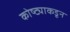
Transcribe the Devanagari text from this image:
कोष्ट्याकडून